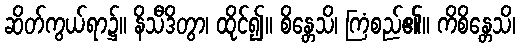
ဆိတ်ကွယ်ရာ၌။ နိသီဒိတွာ၊ ထိုင်၍။ စိန္တေသိ၊ ကြံစည်၏။ ကိစိန္တေသိ၊